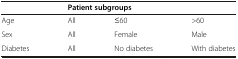
|  | <COLSPAN=3> Patient subgroups |
 | --- | --- | --- | --- |
 | Age | All | ≤60 | >60 |
 | Sex | All | Female | Male |
 | Diabetes | All | No diabetes | With diabetes |